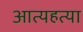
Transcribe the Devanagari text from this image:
आत्यहत्या